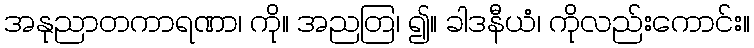
အနုညာတကာရဏာ၊ ကို။ အညတြ၊ ၍။ ခါဒနီယံ၊ ကိုလည်းကောင်း။